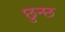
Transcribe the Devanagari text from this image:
छुन्छ